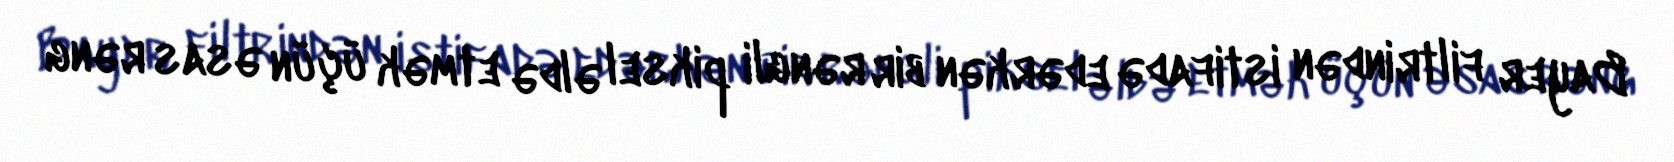
Bayer filtrindən istifadə edərkən bir rəngli piksel əldə etmək üçün əsas rəng